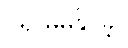
ဂရု မမူနိုင်ခဲ့။